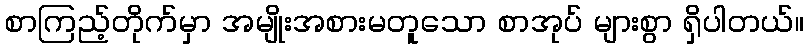
စာကြည့်တိုက်မှာ အမျိုးအစားမတူသော စာအုပ် များစွာ ရှိပါတယ်။